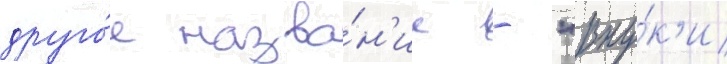
друго́е назва́н'ие - "вну́к'и